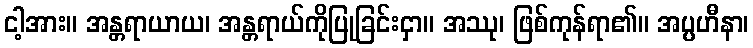
ငါ့အား။ အန္တရာယာယ၊ အန္တရာယ်ကိုပြုခြင်းငှာ။ အဿု၊ ဖြစ်ကုန်ရာ၏။ အပ္ပဟီနာ၊